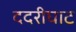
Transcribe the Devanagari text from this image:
ददरीघाट